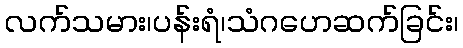
လက်သမား၊ပန်းရံ၊သံဂဟေဆက်ခြင်း၊